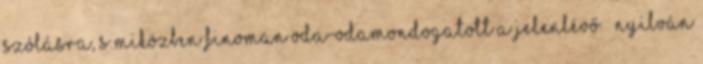
szólásra, s miközben finoman oda-odamondogatott a jelenlévő – nyilván